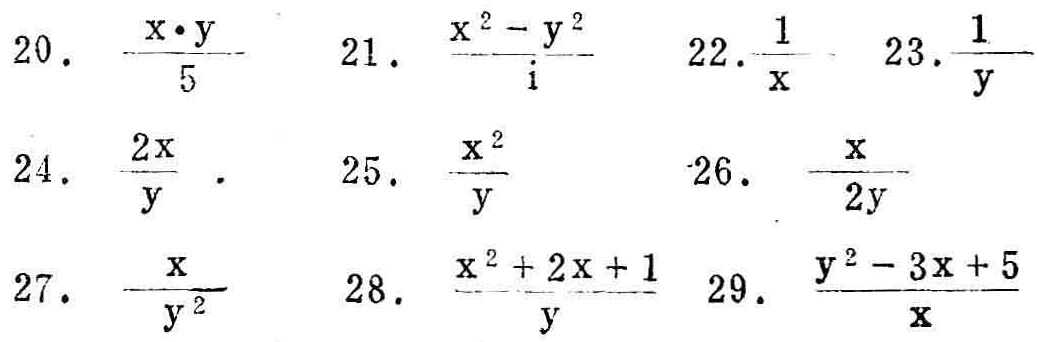
20. \(\frac{x\cdot y}{5}\)
21. \(\frac{x^{2}-y^{2}}{i}\)
22. \(\frac{1}{x}\)
23. \(\frac{1}{y}\)
24. \(\frac{2x}{y}\)
25. \(\frac{x^{2}}{y}\)
26. \(\frac{x}{2y}\)
27. \(\frac{x}{y^{2}}\)
28. \(\frac{x^{2}+2x + 1}{y}\)
29. \(\frac{y^{2}-3x + 5}{x}\)